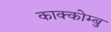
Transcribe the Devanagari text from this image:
काक्कोम्बु